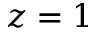
z = 1